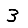
Digit: 3